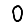
Digit: 0